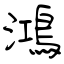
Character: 鴻